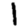
Digit: 1